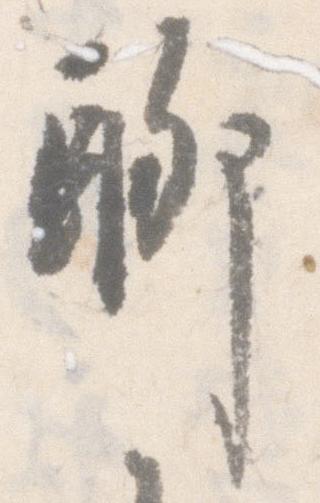
聊